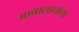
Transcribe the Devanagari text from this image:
आबालालांचा